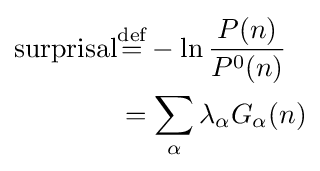
{\begin{aligned}{\text{surprisal}}&{\stackrel {\text{def}}{=}}-\ln {\frac {P(n)}{P^{0}(n)}}\\&=\sum _{\alpha }\lambda _{\alpha }G_{\alpha }(n)\end{aligned}}